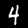
Digit: 4